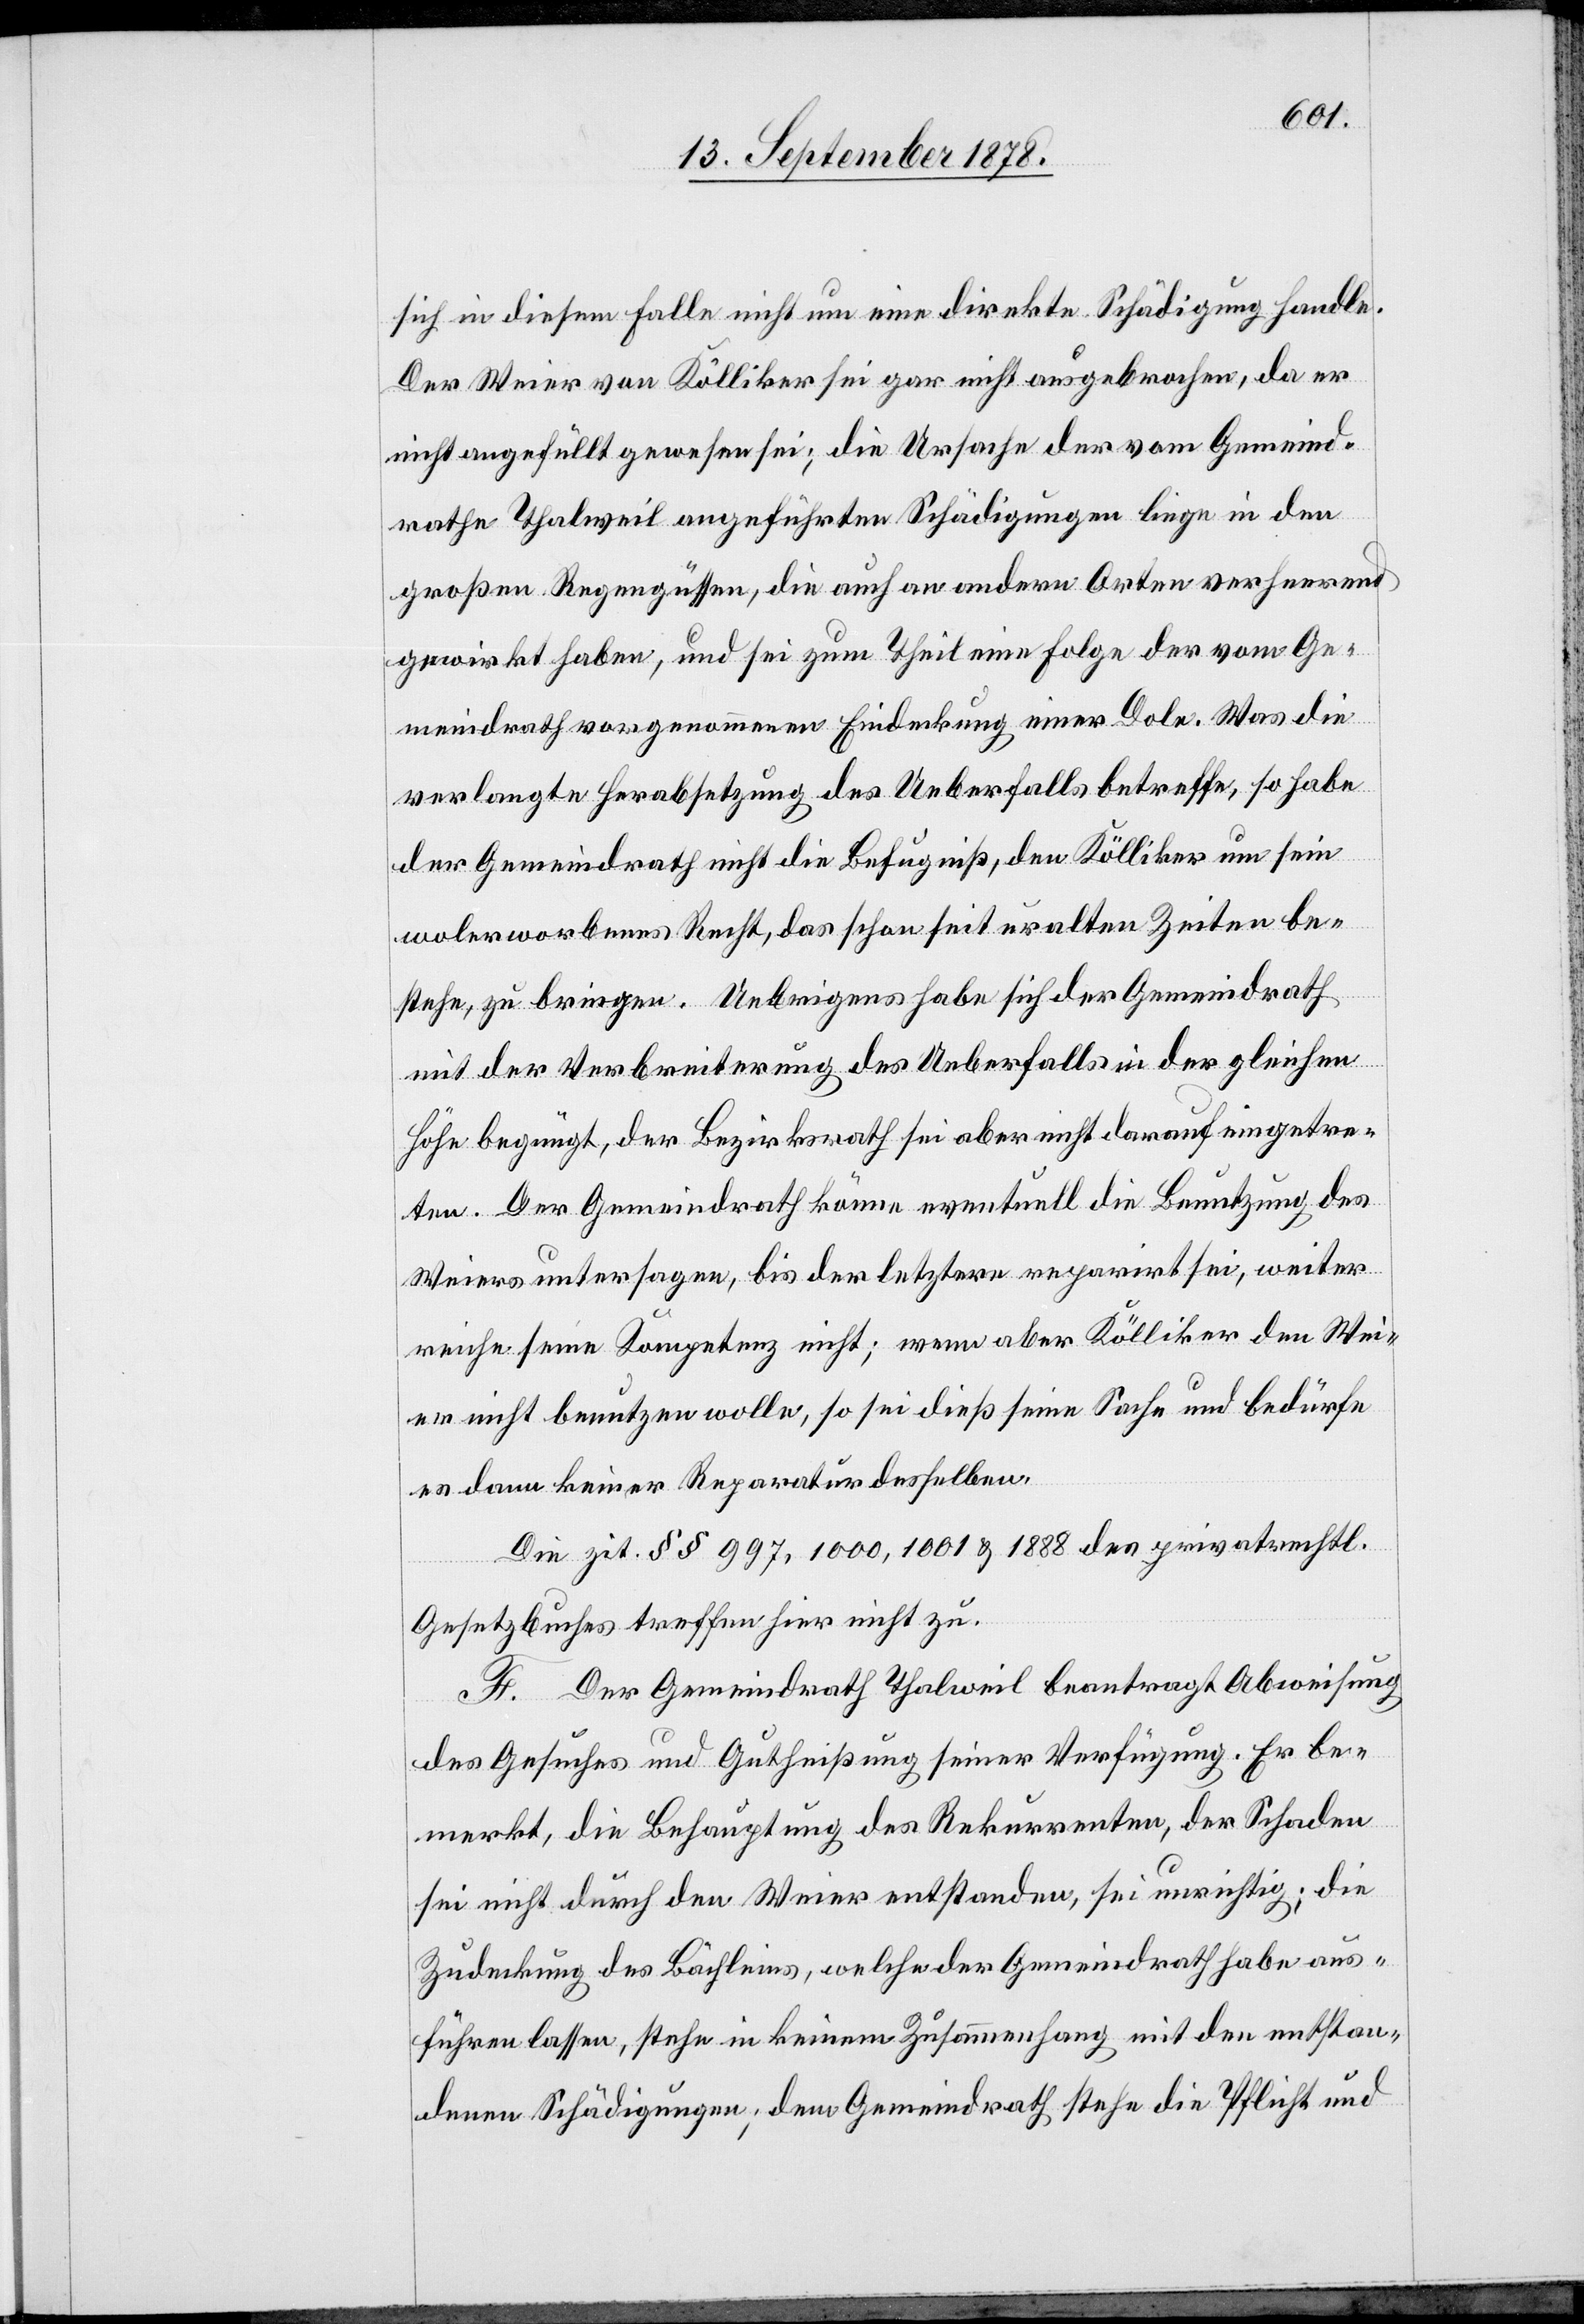
sich in diesem Falle nicht um eine direkte Schädigung handle.
Der Weier von Kölliker sei gar nicht ausgebrochen, da er
nicht angefüllt gewesen sei; die Ursache der vom Gemeind¬
rathe Thalweil angeführten Schädigungen liege in den
großen Regengüssen, die auch an andern Orten verheerend
gewirkt haben, und sei zum Theil eine Folge der vom Ge¬
meindrath vorgenommenen Eindeckung einer Dole. Was die
verlangte Herabsetzung des Ueberfalls betreffe, so habe
der Gemeindrath nicht die Befugniß, den Kölliker um sein
wolerworbenes Recht, das schon seit uralten Zeiten be¬
stehe, zu bringen. Uebrigens habe sich der Gemeindrath
mit der Verbreiterung des Ueberfalls in der gleichen
Höhe begnügt, der Bezirksrath sei aber nicht darauf eingetre¬
ten. Der Gemeindrath könne eventuell die Benutzung des
Weiers untersagen, bis der letztere reparirt sei, weiter
reiche seine Kompetenz nicht; wenn aber Kölliker den Wei¬
er nicht benutzen wolle, so sei dieß seine Sache und bedürfe
es dann keiner Reparatur derselben.
Die zit. §§ 997, 1000, 1001 & 1888 des privatrechtl.
Gesetzbuches treffen hier nicht zu.
F. Der Gemeindrath Thalweil beantragt Abweisung
des Gesuches und Gutheißung seiner Verfügung. Er be¬
merkt, die Behauptung des Rekurrenten, der Schaden
sei nicht durch den Weier entstanden, sei unrichtig; die
Zudeckung des Bächleins, welche der Gemeindrath habe aus¬
führen lassen, stehe in keinem Zusammenhang mit den entstan¬
denen Schädigungen; dem Gemeindrath stehe die Pflicht und